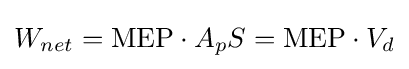
W_{net}={\text{MEP}}\cdot A_{p}S={\text{MEP}}\cdot V_{d}